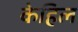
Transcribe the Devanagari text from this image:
केहिल